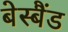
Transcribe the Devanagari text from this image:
बेस्बैंड